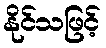
နိုင်သဖြင့်